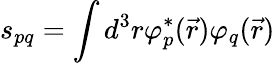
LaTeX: s_{pq}=\int d^{3}r\varphi_{p}^{*}(\vec{r})\varphi_{q}(\vec{r})